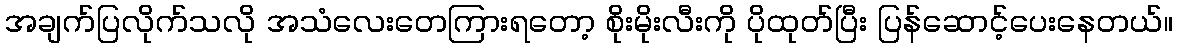
အချက်ပြလိုက်သလို အသံလေးတေကြားရတော့ စိုးမိုးလီးကို ပိုထုတ်ပြီး ပြန်ဆောင့်ပေးနေတယ်။